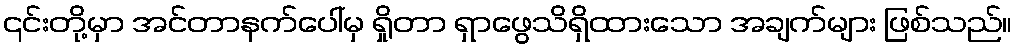
၎င်းတို့မှာ အင်တာနက်ပေါ်မှ ရှိုတာ ရှာဖွေသိရှိထားသော အချက်များ ဖြစ်သည်။